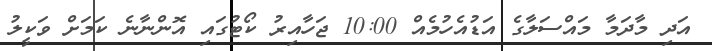
އަދި މާދަމާ މައްސަލާގެ އަޑުއެހުމެއް 10:00 ޖަހާއިރު ކޯޓުގައި އޮންނާނެ ކަމަށް ވަކީލު